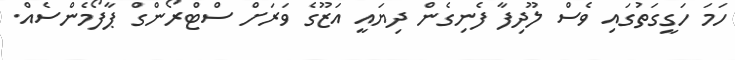
ހަމަ ހަގީގަތުގައި ވެސް ލޫދިފާ ފެނިގެން ދިޔައީ އަޒޫގެ ވަރަށް ސްޓްރޯންގް ޕާފޯމެންސެއް.